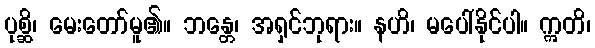
ပုစ္ဆိ၊ မေးတော်မူ၏။ ဘန္တေ၊ အရှင်ဘုရား။ နဟိ၊ မပေါ်နိုင်ပါ။ ဣတိ၊